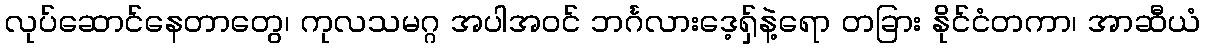
လုပ်ဆောင်နေတာတွေ၊ ကုလသမဂ္ဂ အပါအဝင် ဘင်္ဂလားဒေ့ရှ်နဲ့ရော တခြား နိုင်ငံတကာ၊ အာဆီယံ